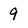
Character: 9